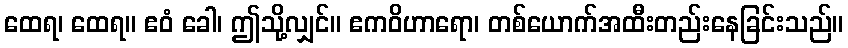
ထေရ၊ ထေရ။ ဧဝံ ခေါ၊ ဤသို့လျှင်။ ဧကဝိဟာရော၊ တစ်ယောက်အထီးတည်းနေခြင်းသည်။